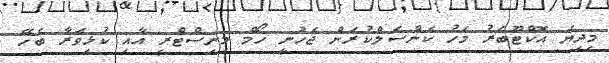
މިދިޔަ އޮކްޓޫބަރު މަހު ކެންސަލްކުރަން ޖެހުނީ ހޯމް މިނިސްޓްރީ އާއި ކުޅިވަރާ ބެހޭ